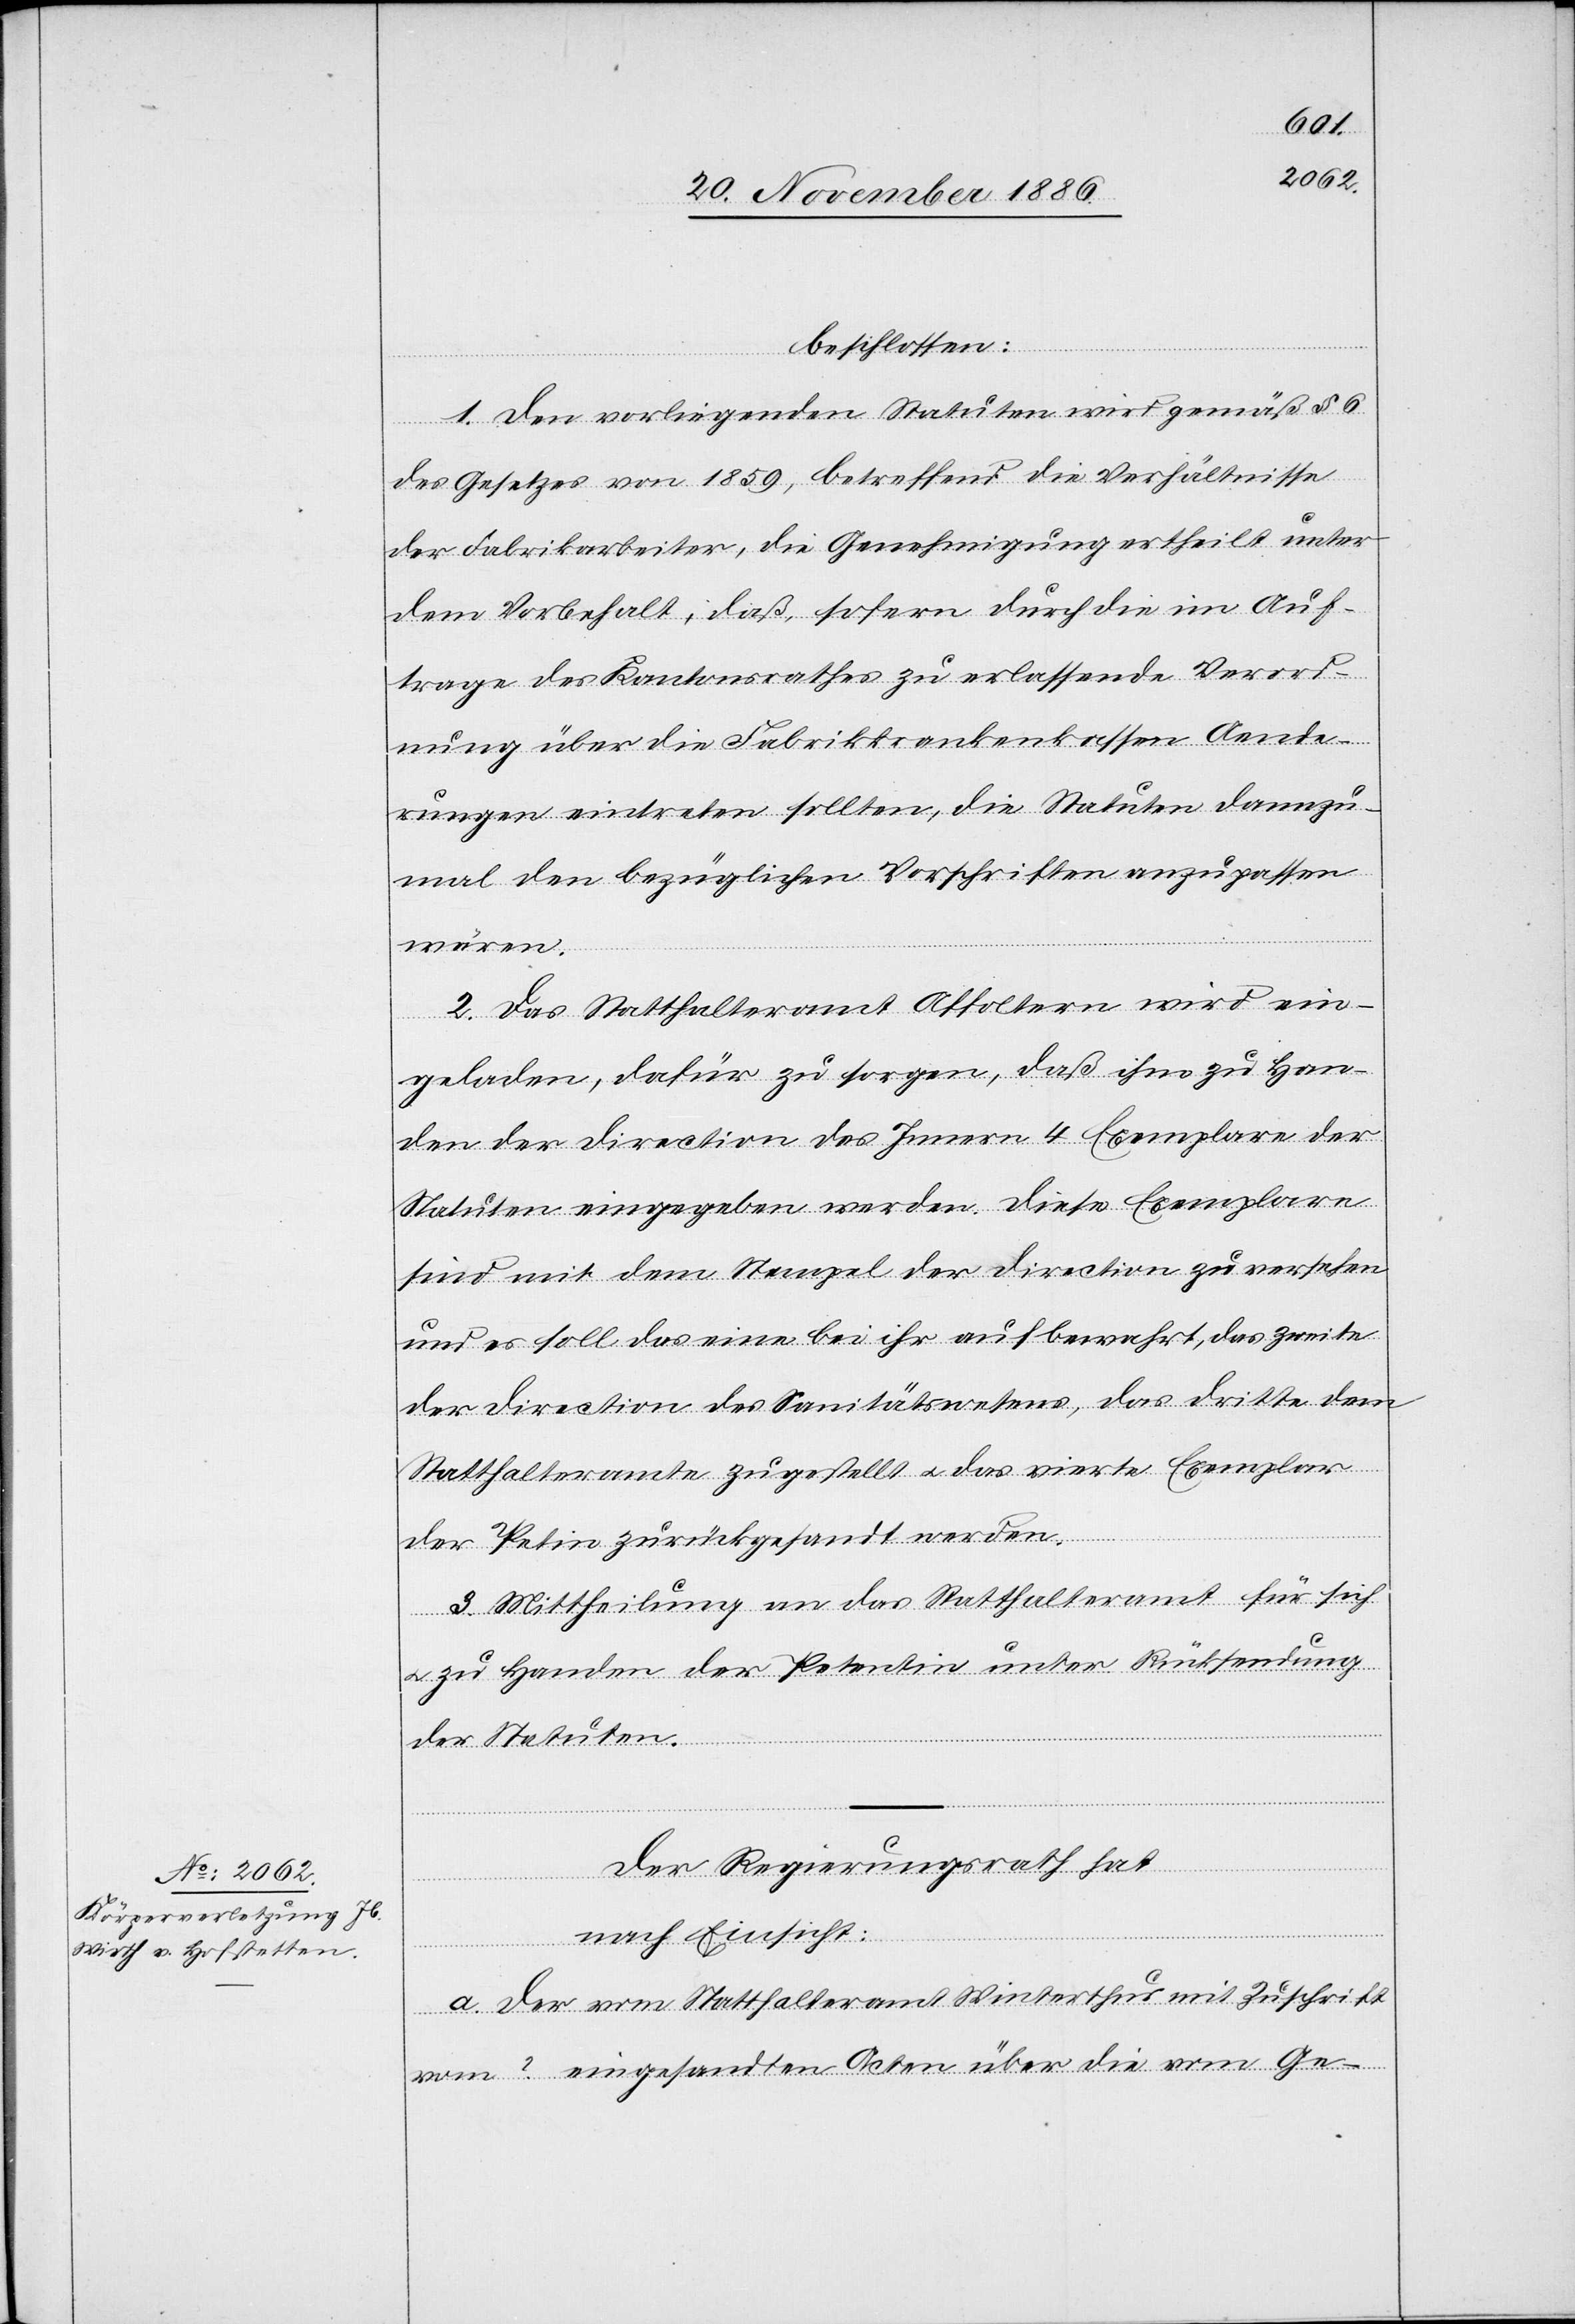
beschlossen:
1. Den vorliegenden Statuten wird gemäß § 6
des Gesetzes von 1859, betreffend die Verhältnisse
der Fabrikarbeiter, die Genehmigung ertheilt unter
dem Vorbehalt, daß, sofern durch die im Auf¬
trage des Kantonsrathes zu erlassende Verord¬
nung über die Fabrikkrankenkassen Aende¬
rungen eintreten sollten, die Statuten dannzu¬
mal den bezüglichen Vorschriften anzupassen
wären.
2. Das Statthalteramt Affoltern wird ein¬
geladen, dafür zu sorgen, daß ihm zu Han¬
den der Direction des Innern 4 Exemplare der
Statuten eingegeben werden. Diese Exemplare
sind mit dem Stempel der Direction zu versehen
und es soll das eine bei ihr aufbewahrt, das zweite
der Direction des Sanitätswesens, das dritte dem
Statthalteramte zugestellt & das vierte Exemplar
der Pet[ent]in zurückgesandt werden.
3. Mittheilung an das Statthalteramt für sich
& zu Handen der Petentin unter Rücksendung
der Statuten.
Der Regierungsrath hat
nach Einsicht:
a. der vom Statthalteramt Winterthur mit Zuschrift
vom ? eingesandten Acten über die vom Ge-